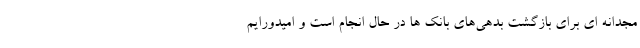
مجدانه ای برای بازگشت بدهی‌های بانک ها در حال انجام است و امیدورایم